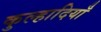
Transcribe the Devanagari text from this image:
कुल्हादियाँ